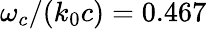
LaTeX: \omega_{c}/{\left(k_{0}c\right)}=0.467